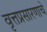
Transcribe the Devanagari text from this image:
वृत्तप्रसारणाचे